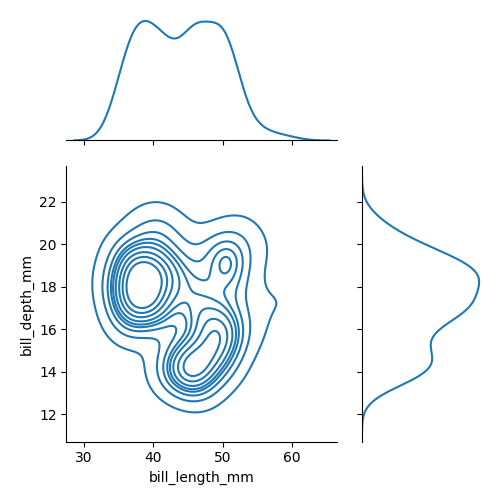
python, seaborn, jointplot, kind='kde', height='5', ratio='2', marginal_ticks='False'